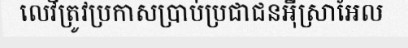
លេវីត្រូវប្រកាសប្រាប់ប្រជាជនអ៊ីស្រាអែល